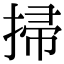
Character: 掃